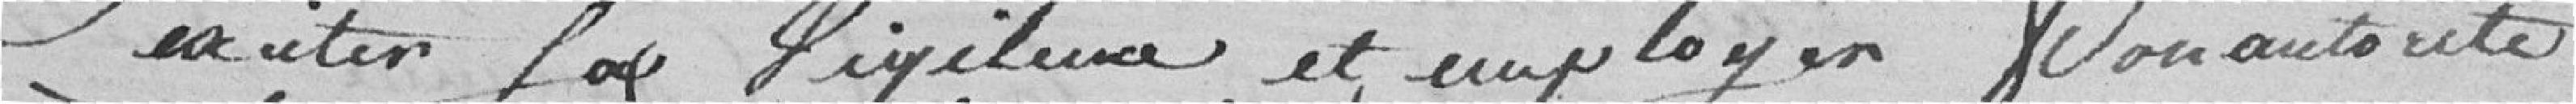
exciter la vigilance et employer son autorité